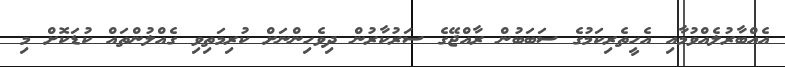
އެއްބާރުލެއްވުމާއި އެހީތެރިކަމުގެ ސަބަބުން ރާއްޖޭގެ ސަރުކާރުން ދިވެހިންނަށް ކުރިމަތިވި ގެއްލުންތައް ކުޑަކޮށް މި